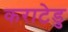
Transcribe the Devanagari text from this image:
कराटेडु